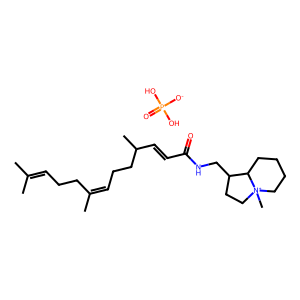
SMILES: CC(C)=CCCC(C)=CCCC(C)C=CC(=O)NCC1CC[N+]2(C)CCCCC12.O=P([O-])(O)O
Inhibits HIV replication: No